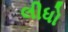
લીધો